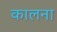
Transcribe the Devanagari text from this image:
कालना